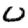
Digit: 0